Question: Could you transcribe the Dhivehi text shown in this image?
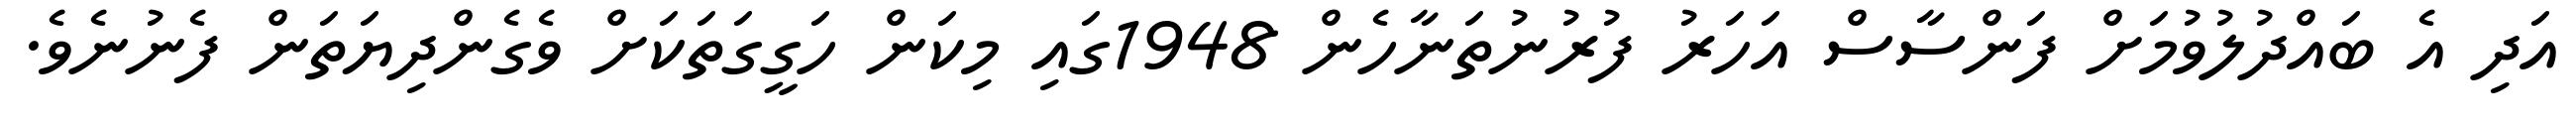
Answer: އަދި އެ ބައްދުލުވުމަށް ފަންސާސް އަހަރު ފުރުނުތަނާހެން 1948ގައި މިކަން ހަގީގަތަކަށް ވެގެންދިޔަތަން ފެނުނެވެ.